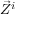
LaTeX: { \vec { Z } } ^ { i }